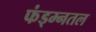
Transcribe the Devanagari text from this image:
फंड्म्नतल